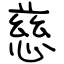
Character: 慈